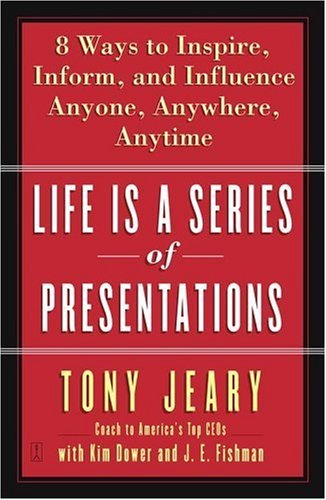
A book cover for Life Is a Series of Presentations: Eight Ways to Inspire, Inform, and Influence Anyone, Anywhere, Anytime; Tony Jeary; Business & Money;